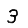
Digit: 3